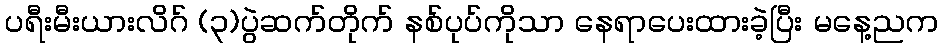
ပရီးမီးယားလိဂ် (၃)ပွဲဆက်တိုက် နစ်ပုပ်ကိုသာ နေရာပေးထားခဲ့ပြီး မနေ့ညက